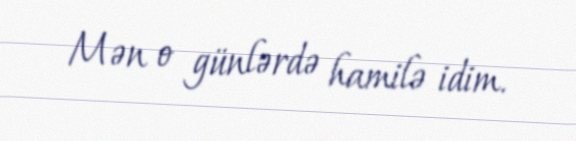
Mən o günlərdə hamilə idim.